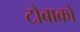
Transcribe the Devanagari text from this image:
टोबाको